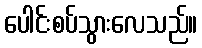
ပေါင်းစပ်သွားလေသည်။